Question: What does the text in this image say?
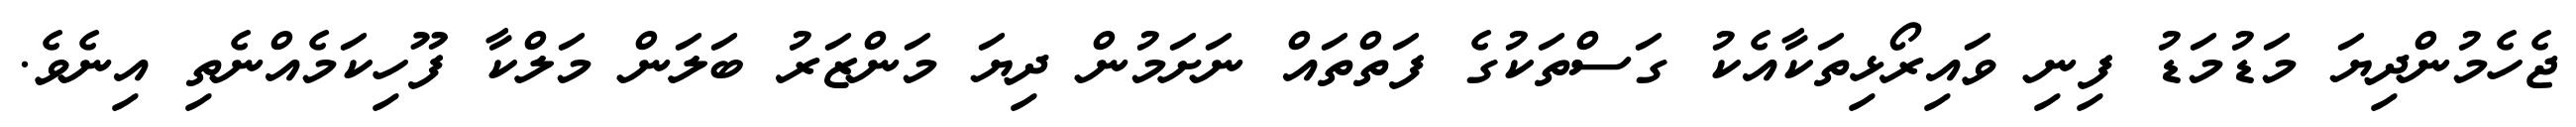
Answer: ޖެހެމުންދިޔަ މަޑުމަޑު ފިނި ވައިރޯޅިތަކާއެކު ގަސްތަކުގެ ފަތްތައް ނަށަމުން ދިޔަ މަންޒަރު ބަލަން މަލްކާ ފޫހިކަމެއްނެތި އިނެވެ.